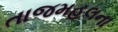
તાજમહલના